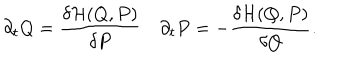
LaTeX: \partial _ { t } Q = \frac { \delta { \cal H } ( Q , P ) } { \delta P } \quad \partial _ { t } P = - \frac { \delta { \cal H } ( Q , P ) } { \delta Q } .